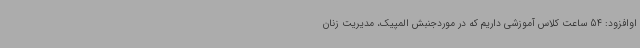
اوافزود: 54 ساعت کلاس آموزشی داریم که در موردجنبش المپیک، مدیریت زنان